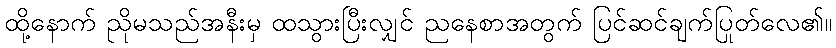
ထို့နောက် ညိုမသည်အနီးမှ ထသွားပြီးလျှင် ညနေစာအတွက် ပြင်ဆင်ချက်ပြုတ်လေ၏။